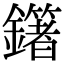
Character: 𨮿